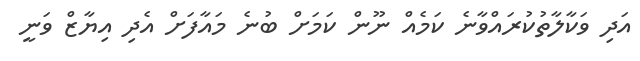
އަދި ވަކާލާތުކުރައްވާނެ ކަމެއް ނޫން ކަމަށް ބުނެ މައާފަށް އެދި އިޔާޒް ވަނީ